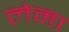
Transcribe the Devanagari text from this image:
लेमा